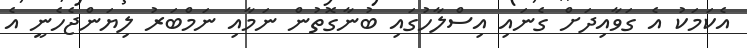
އެކަމަކު އެ ގަވާއިދަށް ގެނައި އިސްލާހުގައި ބުނާގޮތުން ނަމާއި ނަމްބަރު ލިޔަންޖެހެނީ އެ